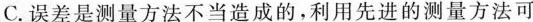
C.误差是测量方法不当造成的，利用先进的测量方法可